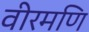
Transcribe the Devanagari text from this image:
वीरमणि